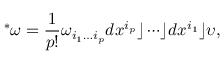
{ } ^ { * } \omega = { \frac { 1 } { p ! } } \omega _ { i _ { 1 } \ldots i _ { p } } d x ^ { i _ { p } } \rfloor \cdots \rfloor d x ^ { i _ { 1 } } \rfloor \upsilon ,